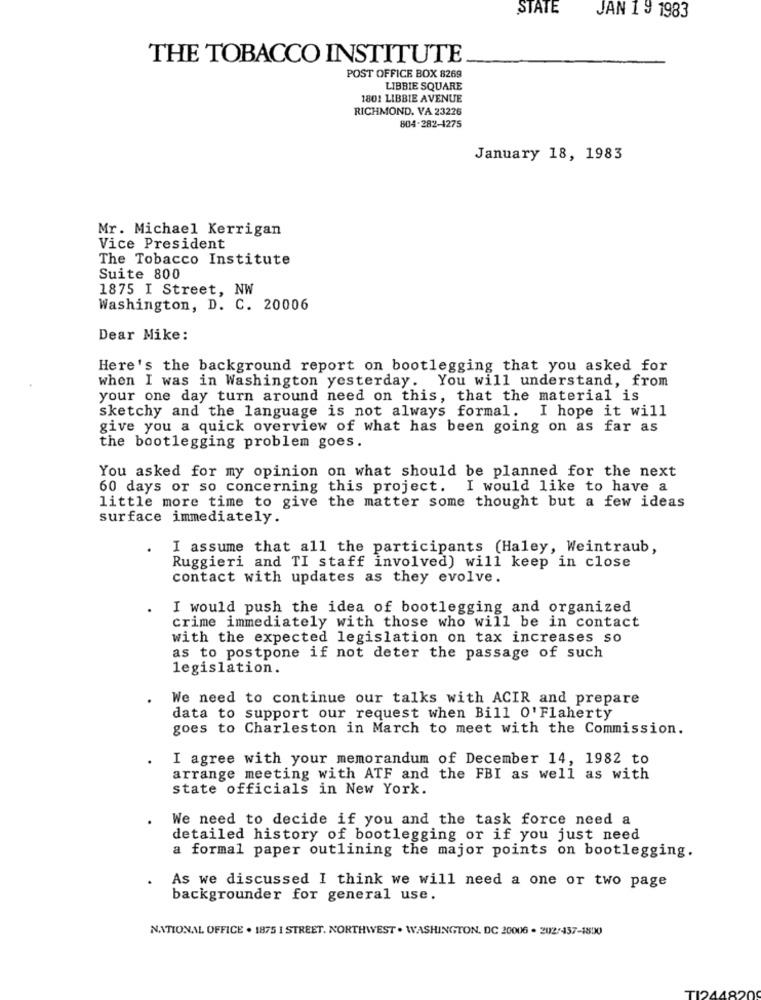
STATE
JAN 1 9 1983
THE TOBACCO INSTITUTE
POST OFFICE BOX 8269
LIBBIE SQUARE
1801 LIBBIE AVENUE
RICHMOND. VA 23226
804-282-4275
January 18, 1983
Mr. Michael Kerrigan
Vice President
The Tobacco Institute
Suite 800
1875 I Street, NW
Washington, D. C. 20006
Dear Mike:
Here's the background report on bootlegging that you asked for
when I was in Washington yesterday. You will understand, from
your one day turn around need on this, that the material is
sketchy and the language is not always formal. I hope it will
give you a quick overview of what has been going on as far as
the bootlegging problem goes.
You asked for my opinion on what should be planned for the next
60 days or so concerning this project. I would like to have a
little more time to give the matter some thought but a few ideas
surface immediately.
I assume that all the participants (Haley, Weintraub,
Ruggieri and TI staff involved) will keep in close
contact with updates as they evolve.
I would push the idea of bootlegging and organized
crime immediately with those who will be in contact
with the expected legislation on tax increases so
as to postpone if not deter the passage of such
legislation.
We need to continue our talks with ACIR and prepare
data to support our request when Bill O' Flaherty
goes to Charleston in March to meet with the Commission.
. I agree with your memorandum of December 14, 1982 to
arrange meeting with ATF and the FBI as well as with
state officials in New York.
We need to decide if you and the task force need a
detailed history of bootlegging or if you just need
a formal paper outlining the major points on bootlegging.
As we discussed I think we will need a one or two page
backgrounder for general use.
NATIONAL OFFICE . 1875 I STREET. NORTHWEST . WASHINGTON, DC 20006 . 202/457-1800
TI24482